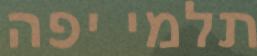
תלמי יפה